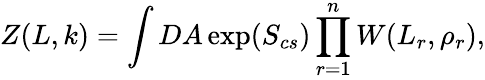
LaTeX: Z(L,k)=\int DA\exp(S_{cs})\prod_{r=1}^{n}W(L_{r},\rho_{r}),